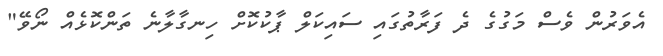
އެވަރުން ވެސް މަގުގެ ދެ ފަރާތުގައި ސައިކަލް ޕާކުކޮށް ހިނގާލާނެ ތަންކޮޅެއް ނޯވޭ"